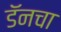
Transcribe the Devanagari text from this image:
डॅनचा